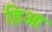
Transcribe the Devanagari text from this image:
हिआ